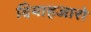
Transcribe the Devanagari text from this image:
दियाहजारो